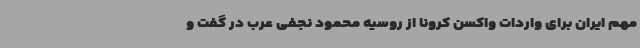
مهم ایران برای واردات واکسن کرونا از روسیه محمود نجفی عرب در گفت و